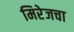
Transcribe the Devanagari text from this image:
मिरेजचा